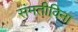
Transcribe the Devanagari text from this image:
संमतीविना